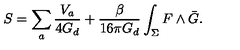
S = \sum _ { a } \frac { V _ { a } } { 4 G _ { d } } + \frac { \beta } { 1 6 \pi G _ { d } } \int _ { \Sigma } F \wedge \bar { G } .